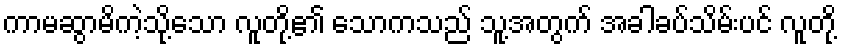
ကာမဆွာမိကဲ့သို့သော လူတို့၏ သောကသည် သူ့အတွက် အခါခပ်သိမ်းပင် လူတို့